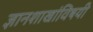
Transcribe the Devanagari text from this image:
ज्ञानशाखांविषयी